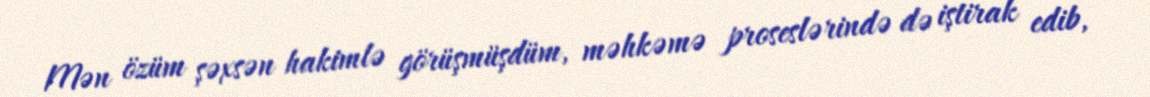
Mən özüm şəxsən hakimlə görüşmüşdüm, məhkəmə proseslərində də iştirak edib,